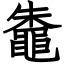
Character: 鼄